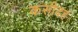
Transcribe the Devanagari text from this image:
कसीदह